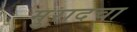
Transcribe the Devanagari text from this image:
मुरादचा